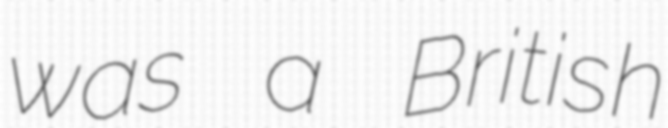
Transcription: was a British